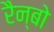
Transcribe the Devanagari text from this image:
रैन्बो